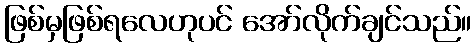
ဖြစ်မှဖြစ်ရလေဟုပင် အော်လိုက်ချင်သည်။